Riigikantselei, lk 132
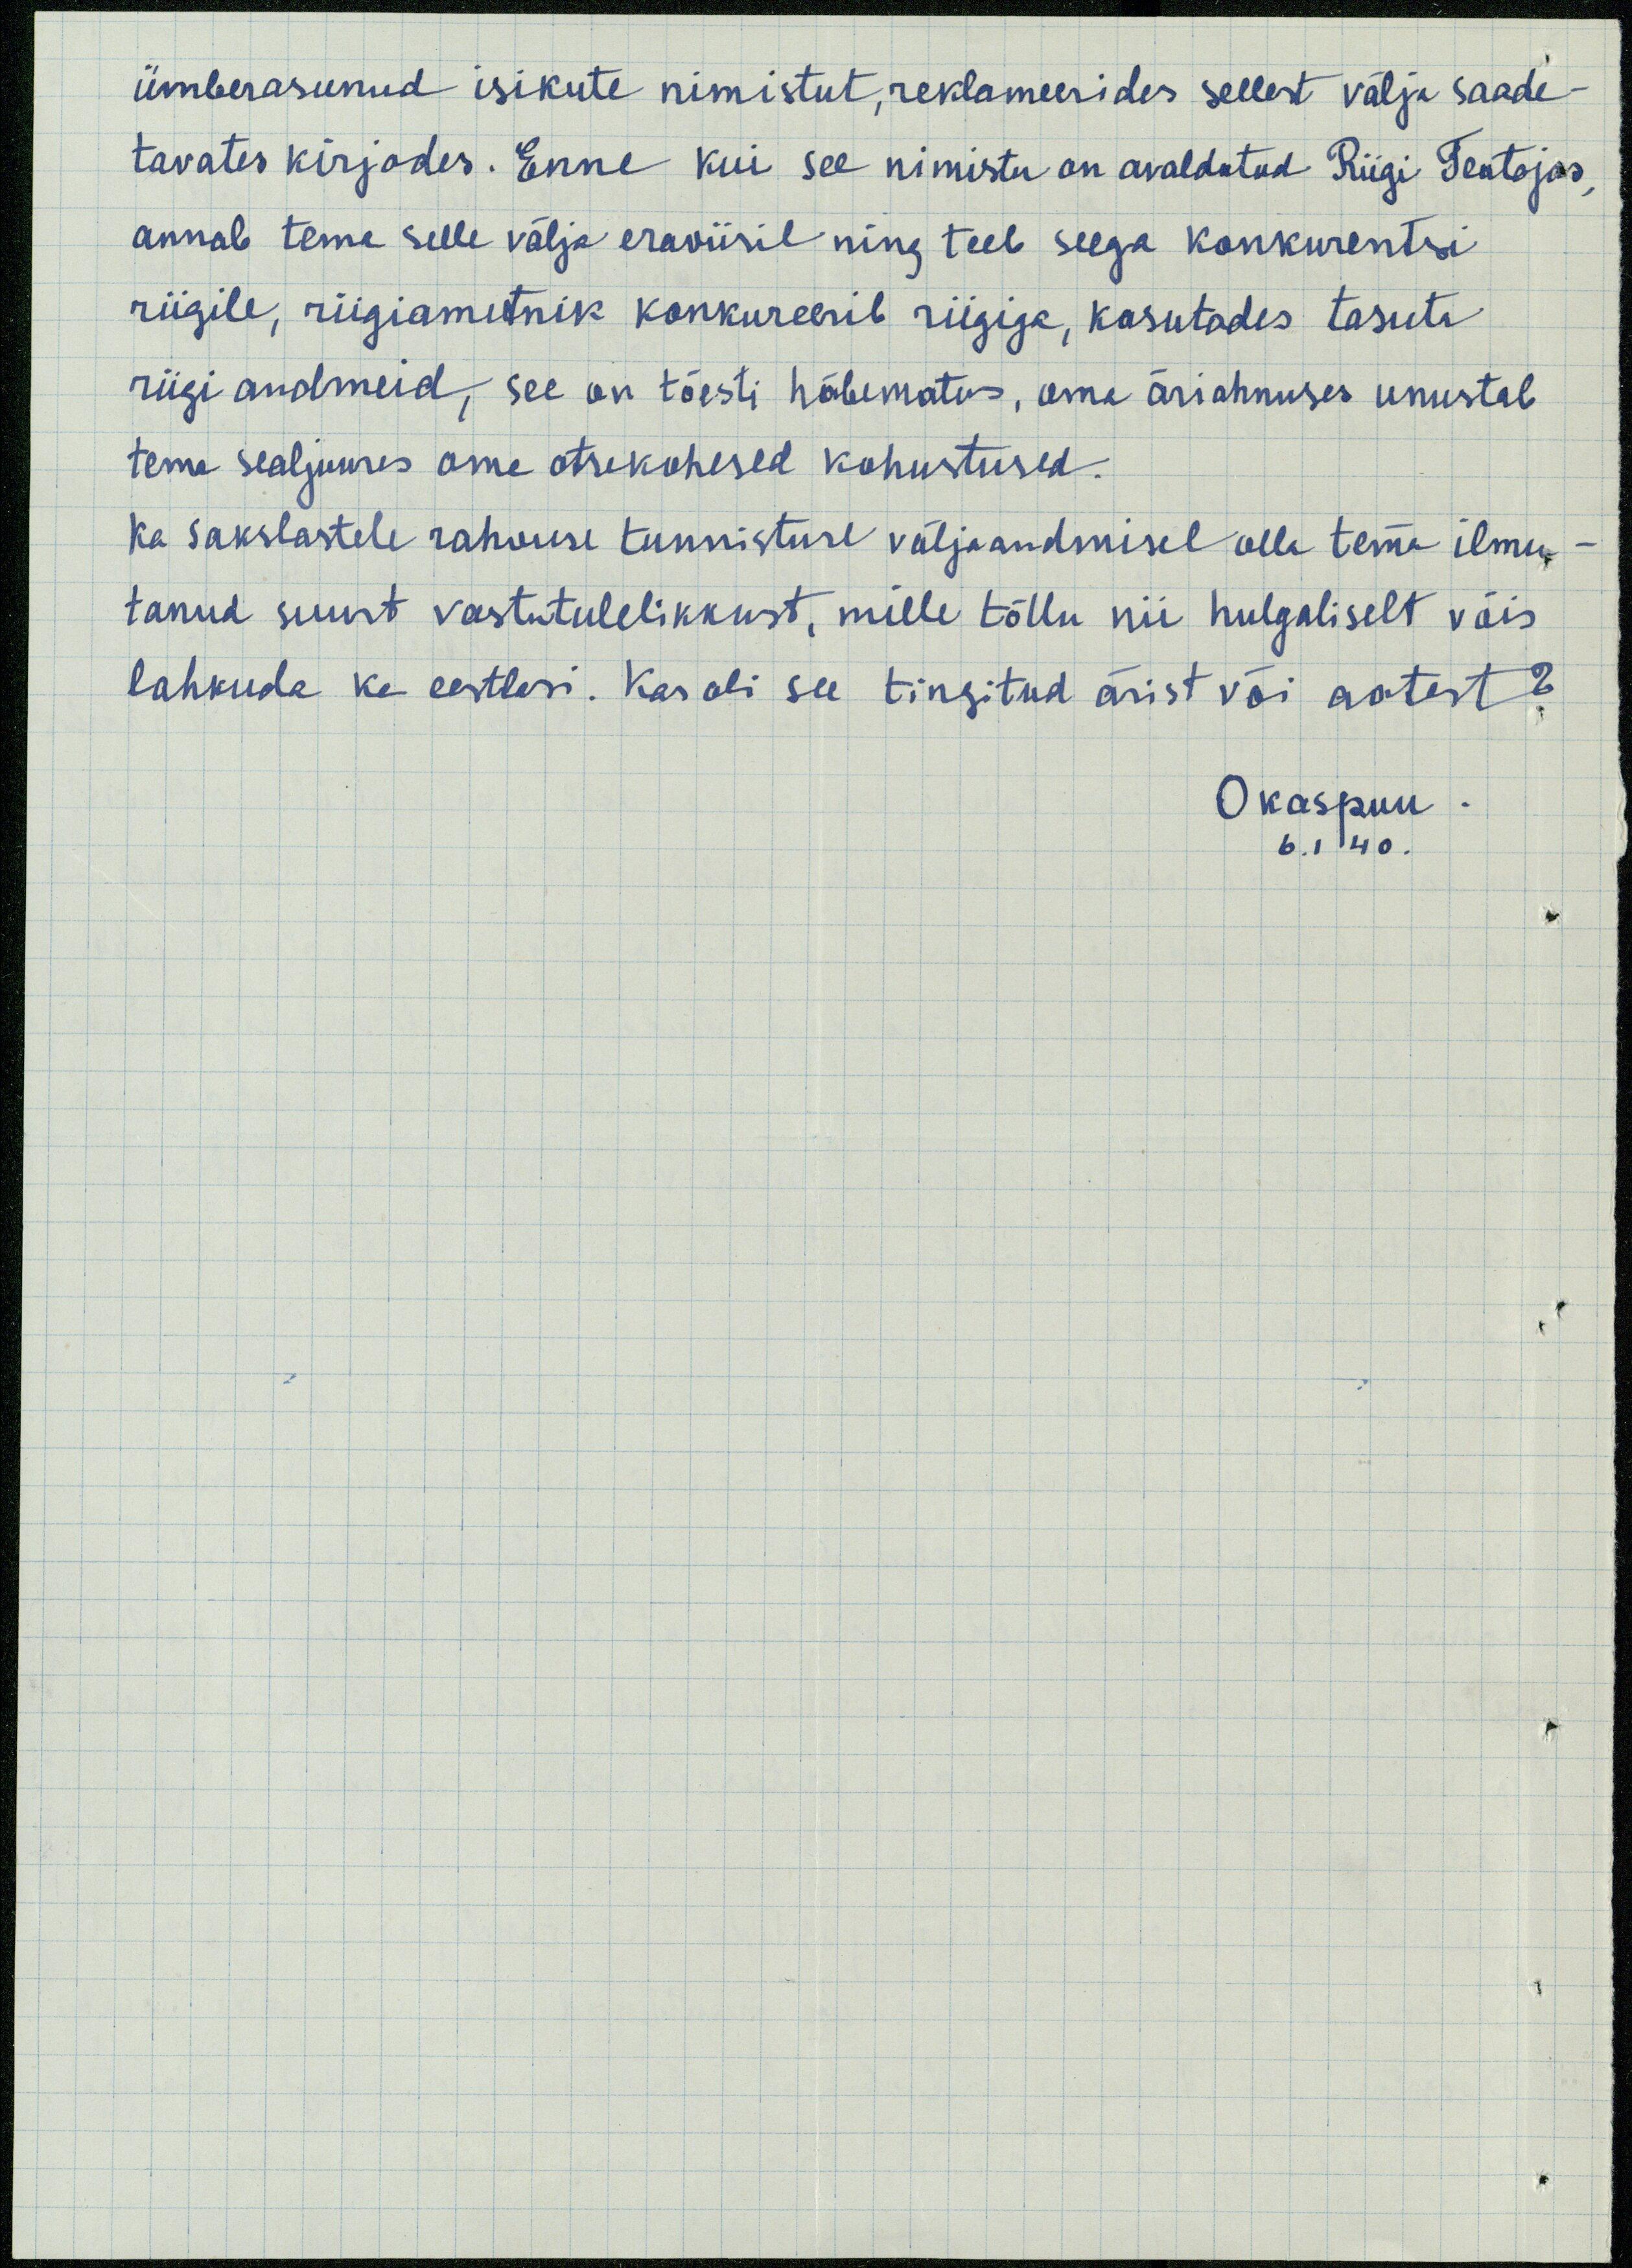
ümberasunud isikute nimistut, reklameerides sellest välja saade-
tavates kirjades. Enne kui see nimistu on avaldatud Riigi Teatajas,
annab tema selle välja eraviisil ning teeb seega konkurentsi
riigile, riigiametnik konkureerib riigiga, kasutades tasuta
riigi andmeid, see on tõesti häbematus, oma äriahnuses unustab
tema sealjuures oma otsekohesed kohustused.
ka sakslastele rahvuse tunnistuse väljaandmisel olla tema ilmu-
tanud suurt vastutulelikkust, mille tõttu nii hulgaliselt võis
lahkuda ka eestlasi. Kas oli see tingitud ärist või aatest?
Okaspuu.
6.1 40.